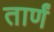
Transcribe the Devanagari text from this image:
तार्णं